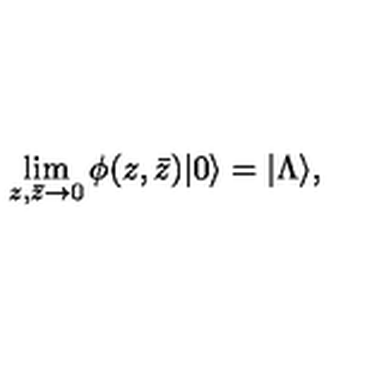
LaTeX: \lim _ { z , \bar { z } \rightarrow 0 } \phi ( z , \bar { z } ) | 0 \rangle = | \Lambda \rangle ,